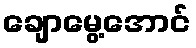
ချောမွေ့အောင်